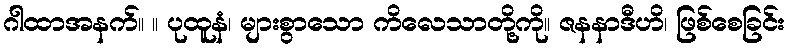
ဂါထာအနက်။ ။ ပုထူနံ၊ များစွာသော ကိလေသာတို့ကို။ ဇနနာဒီဟိ၊ ဖြစ်စေခြင်း